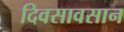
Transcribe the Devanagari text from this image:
दिवसावसान